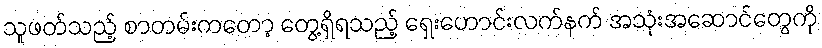
သူဖတ်သည့် စာတမ်းကတော့ တွေ့ရှိရသည့် ရှေးဟောင်းလက်နက် အသုံးအဆောင်တွေကို